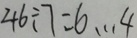
4 6 \div 7 = 6 \dot s 4